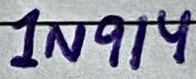
Text: 1N914